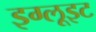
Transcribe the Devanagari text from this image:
इग्लूइट